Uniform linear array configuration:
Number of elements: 12
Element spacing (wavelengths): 0.25
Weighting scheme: kaiser
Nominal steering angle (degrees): -30
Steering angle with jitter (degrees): -31.868
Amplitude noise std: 0.05
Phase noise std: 0.05

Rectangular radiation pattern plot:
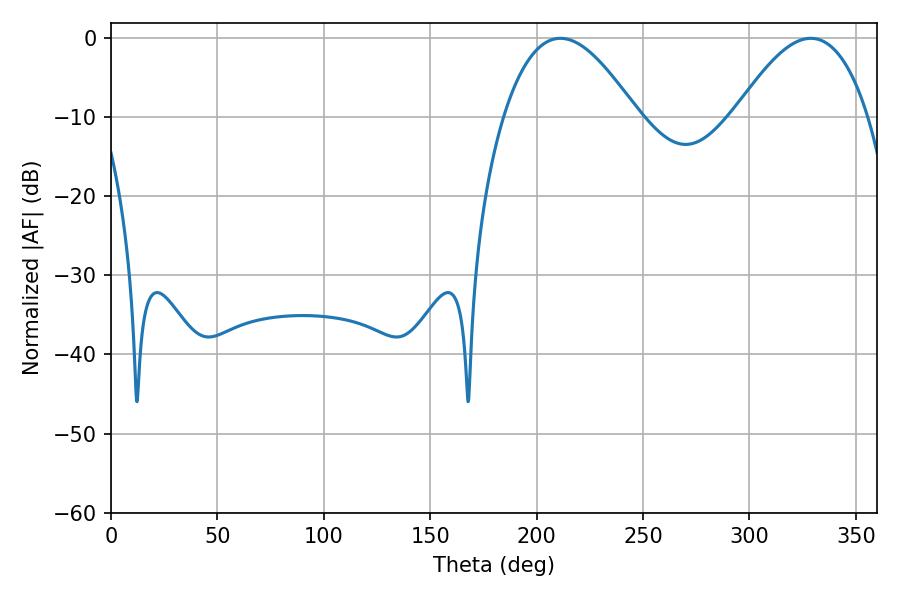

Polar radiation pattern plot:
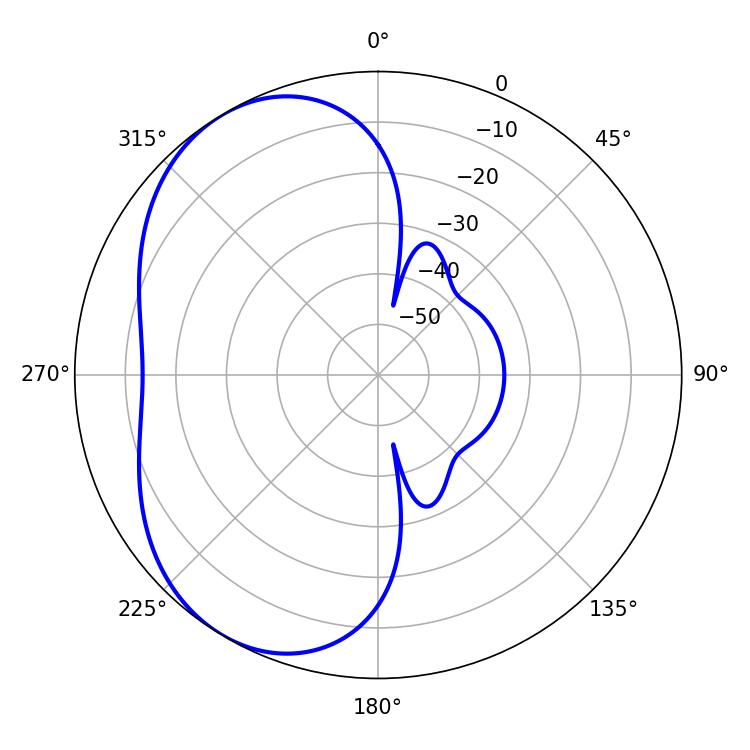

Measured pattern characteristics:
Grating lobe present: FALSE
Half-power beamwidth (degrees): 34.2
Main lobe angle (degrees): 211.14